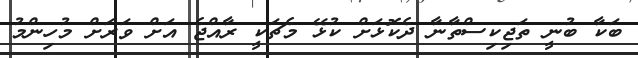
ބަކާ ބުނީ ތަޖިކިސްތާނާ ދެކޮޅަށް ކުޅޭ މެޗަކީ ރާއްޖެ އަށް ވަރަށް މުހިންމު